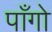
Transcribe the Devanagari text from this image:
पाँगो